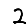
Digit: 2